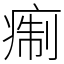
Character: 痸